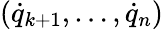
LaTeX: ({\dot{q}}_{k+1},\dots,{\dot{q}}_{n})